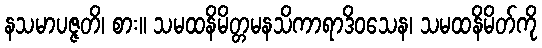
နသမာပဇ္ဇတိ၊ စား။ သမထနိမိတ္တမနသိကာရာဒိဝသေန၊ သမထနိမိတ်ကို